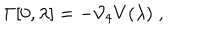
\Gamma [ 0 , \lambda ] = - { \cal V } _ { 4 } V ( \lambda ) \; ,